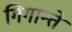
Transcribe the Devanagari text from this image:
गिगान्ते